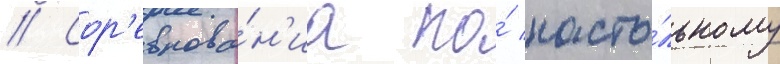
// Сор'евнова́н'иа по́ насто́льному